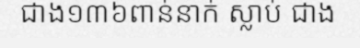
ជាង១៣៦ពាន់នាក់ ស្លាប់ ជាង